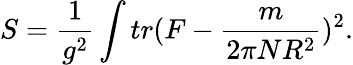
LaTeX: S=\frac{1}{g^{2}}\int tr(F-\frac{m}{2\pi NR^{2}})^{2}.